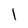
Character: l